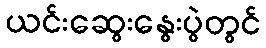
ယင်းဆွေးနွေးပွဲတွင်